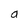
Character: a